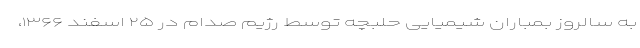
به سالروز بمباران شیمیایی حلبچه توسط رژیم صدام در ۲۵ اسفند ۱۳۶۶،